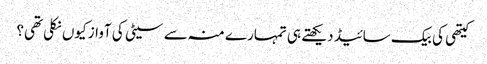
کیتھی کی بیک سائیڈ دیکھتے ہی تمہارے منہ سے سیٹی کی آواز کیوں نکلی تھی؟